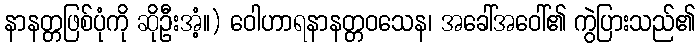
နာနတ္တဖြစ်ပုံကို ဆိုဦးအံ့။) ဝေါဟာရနာနတ္တဝသေန၊ အခေါ်အဝေါ်၏ ကွဲပြားသည်၏